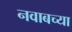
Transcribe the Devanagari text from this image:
नवाबच्या